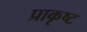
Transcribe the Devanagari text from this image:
प्राकृष्ट